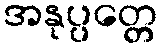
အနုပ္ပတ္တေ